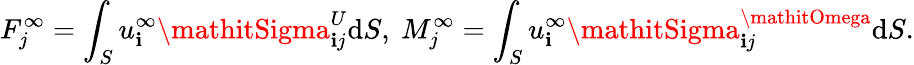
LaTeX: F_{j}^{\infty}=\int_{S}u_{\mathbf{i}}^{\infty}\mathitSigma_{\mathbf{i}j}^{U}\mathrm{d}S,~M_{j}^{\infty}=\int_{S}u_{\mathbf{i}}^{\infty}\mathitSigma_{\mathbf{i}j}^{\mathitOmega}\mathrm{d}S.